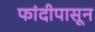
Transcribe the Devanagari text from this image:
फांदीपासून